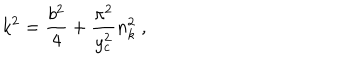
LaTeX: k ^ { 2 } = \frac { b ^ { 2 } } { 4 } + \frac { \pi ^ { 2 } } { y _ { c } ^ { 2 } } n _ { k } ^ { 2 } ~ ,